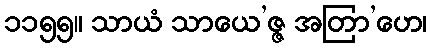
၁၁၅၅။ သာယံ သာယေ’ဇ္ဇ အတြာ’ဟေ၊